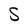
Character: S